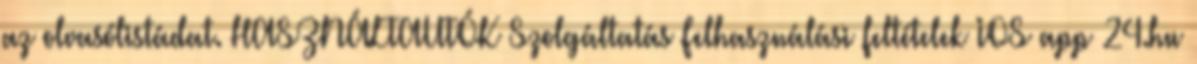
az olvasólistádat. HASZNÁLTAUTÓK Szolgáltatás Felhasználási feltételek IOS app 24.hu